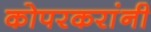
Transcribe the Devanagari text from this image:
कोपरकरांनी